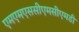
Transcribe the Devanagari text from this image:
एमएमएससीएमसीएमडी